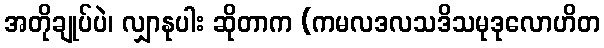
အတိုချုပ်ပဲ၊ လျှာနုပါး ဆိုတာက (ကမလဒလသဒိသမုဒုလောဟိတ